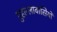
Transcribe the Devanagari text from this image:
मुहल्लावासियों